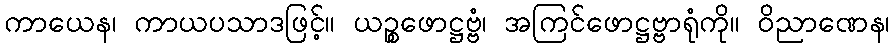
ကာယေန၊ ကာယပသာဒဖြင့်။ ယဉ္စဖောဋ္ဌဗ္ဗံ၊ အကြင်ဖောဋ္ဌဗ္ဗာရုံကို။ ဝိညာဏေန၊